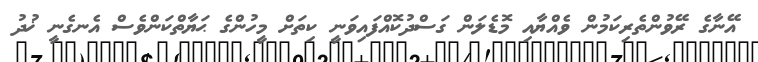
އޭނާގެ ރޭވުންތެރިކަމުން ވެއްޔާއި މޮޑެލަން ގަސްދުކޮއްފައިވަނީ ކިތަށް މީހުންގެ ޙަޔާތްކަންވެސް އެނގެނީ ޚުދު